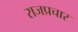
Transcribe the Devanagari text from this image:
राजप्रचार